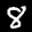
Label: 8